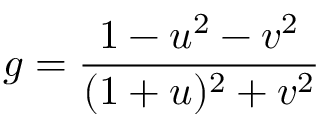
g = \frac { 1 - u ^ { 2 } - v ^ { 2 } } { ( 1 + u ) ^ { 2 } + v ^ { 2 } }